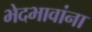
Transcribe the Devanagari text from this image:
भेदभावांना